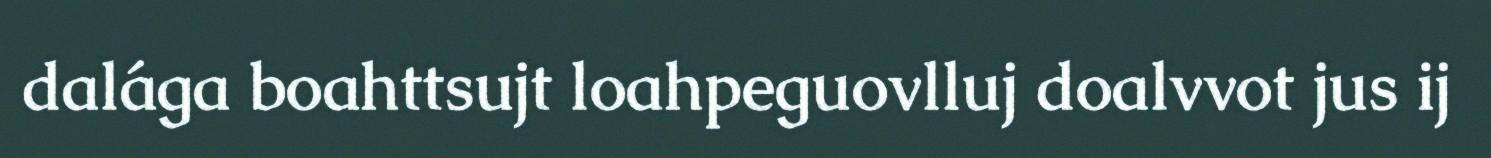
dalága boahttsujt loahpeguovlluj doalvvot jus ij